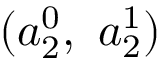
( a _ { 2 } ^ { 0 } , ~ a _ { 2 } ^ { 1 } )